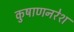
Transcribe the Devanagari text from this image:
कुषाणनरेश